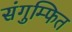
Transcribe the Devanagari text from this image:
संगुम्फित